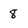
Character: 8